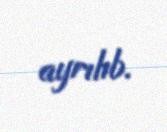
ayrılıb.